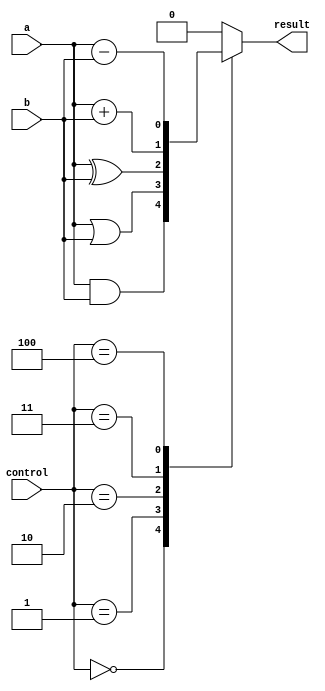
module ALU_1bit (
    input wire a,
    input wire b,
    input wire [2:0] control,
    output reg result
);

always @(*)
begin
    case(control)
        3'b000: result = a & b; // AND operation
        3'b001: result = a | b; // OR operation
        3'b010: result = a ^ b; // XOR operation
        3'b011: result = a + b; // Addition operation
        3'b100: result = a - b; // Subtraction operation
        default: result = 1'b0;  // Default output
    endcase
end

endmodule